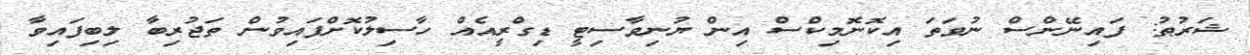
ޝަރުޠު: ފައިނޭންސް ނުވަތަ އިކޮނޮމިކްސް އިން ޔުނިވާސިޓީ ޑިގްރީއެއް ހާސިލުކޮށްފައިވުން ތަޖުރިބާ ލިބިފައިވާ